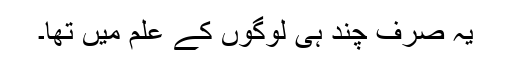
یہ صرف چند ہی لوگوں کے علم میں تھا۔